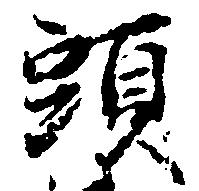
頭